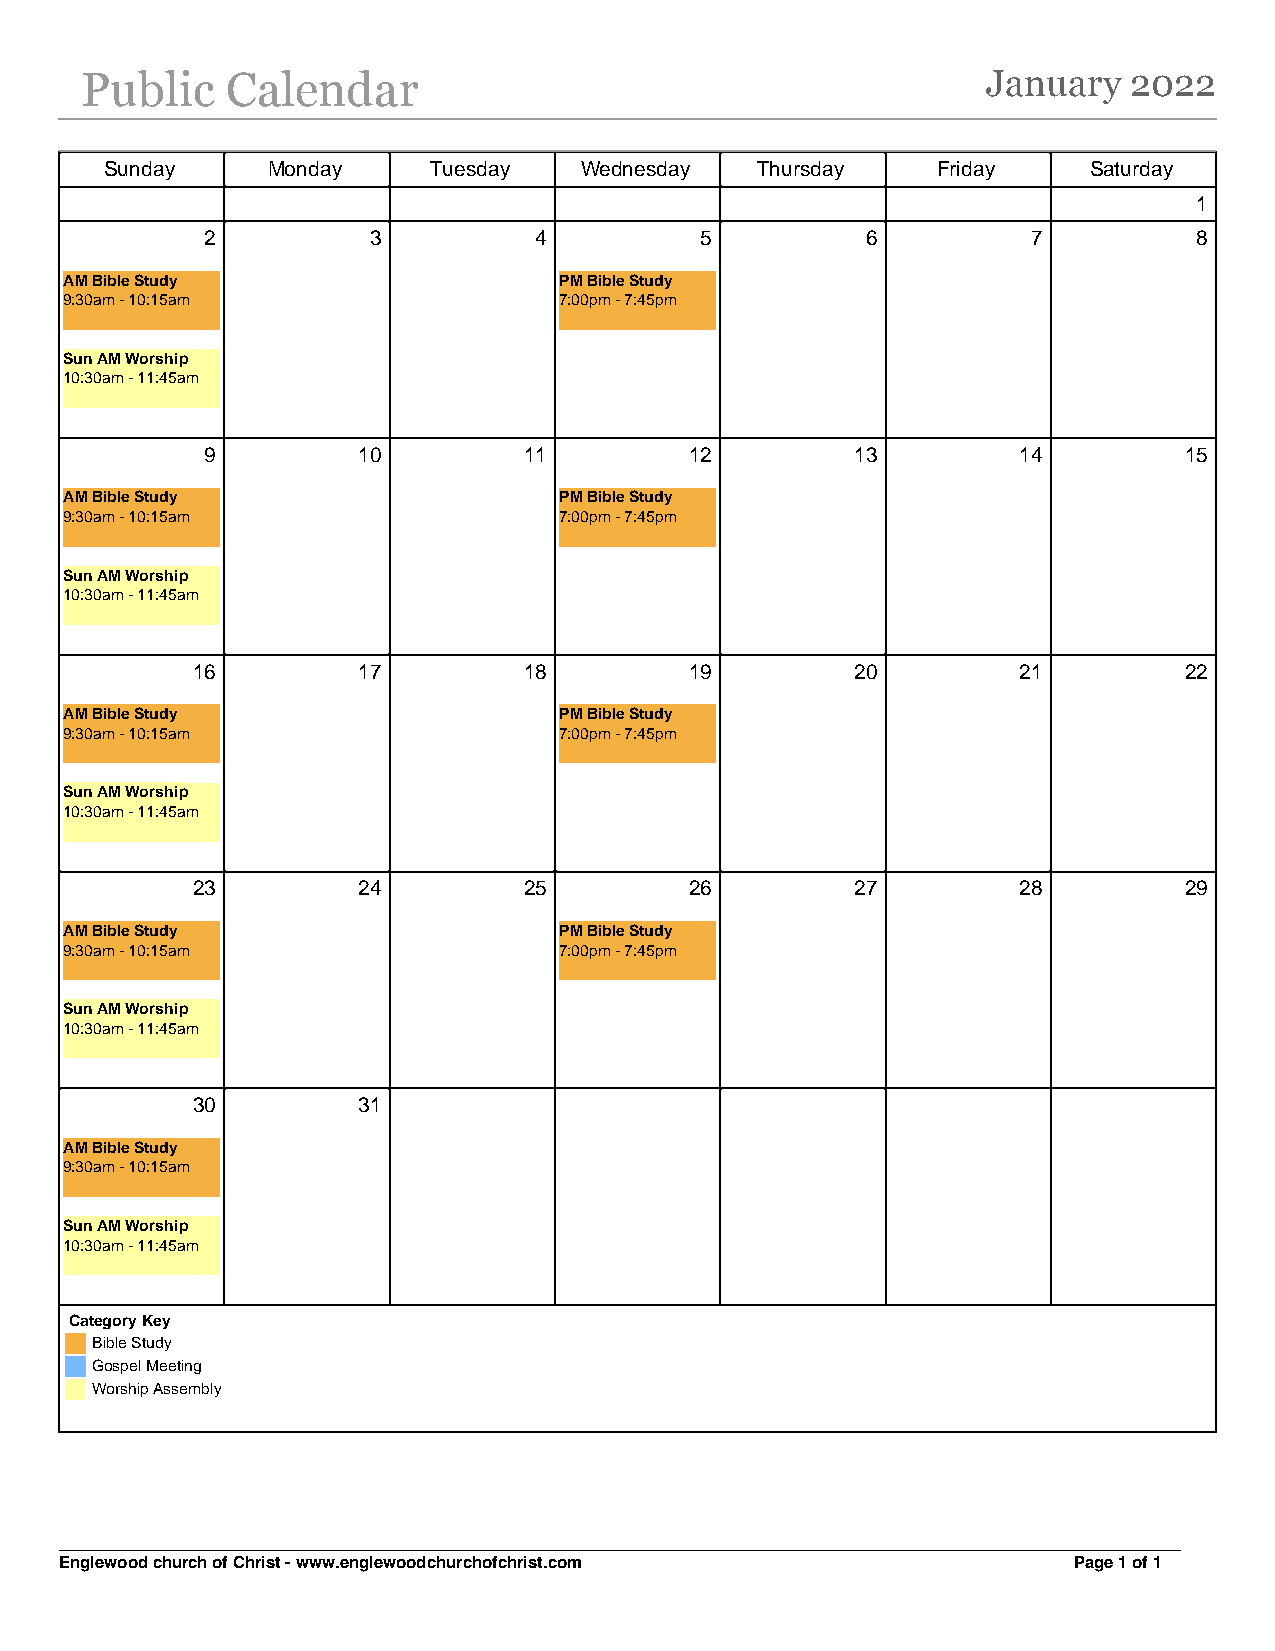
Public    Calendar                                          January   2022
 Sunday     Monday    Tuesday   Wednesday   Thursday    Friday    Saturday
 1
 2         3          4          5          6          7          8
 AM Bible Study                   PM Bible Study
 9:30am - 10:15am                 7:00pm - 7:45pm
 Sun AM Worship
 10:30am - 11:45am
 9         10         11         12         13        14         15
 AM Bible Study                   PM Bible Study
 9:30am - 10:15am                 7:00pm - 7:45pm
 Sun AM Worship
 10:30am - 11:45am
 16         17         18         19         20        21         22
 AM Bible Study                   PM Bible Study
 9:30am - 10:15am                 7:00pm - 7:45pm
 Sun AM Worship
 10:30am - 11:45am
 23         24         25         26         27        28         29
 AM Bible Study                   PM Bible Study
 9:30am - 10:15am                 7:00pm - 7:45pm
 Sun AM Worship
 10:30am - 11:45am
 30         31
 AM Bible Study
 9:30am - 10:15am
 Sun AM Worship
 10:30am - 11:45am
 Category Key
 Bible Study
 Gospel Meeting
 Worship Assembly
 Englewood church of Christ - www.englewoodchurchofchrist.com       Page 1 of 1
 Powered by TCPDF (www.tcpdf.org)